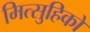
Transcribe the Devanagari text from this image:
मित्सुहिको